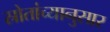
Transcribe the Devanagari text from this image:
स्रोतांच्‍यानुसार